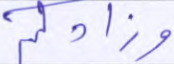
وزادكم